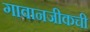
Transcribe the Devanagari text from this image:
गावानजीकची